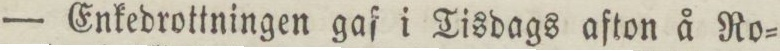
— Enkedrottningen gaf i Tisdags afton å Ro=